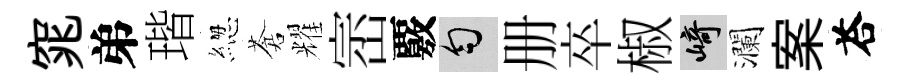
窕弟瑎緫蒼耀崈覈匀册卒椒崎瀾案荅